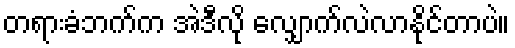
တရားခံဘက်က အဲဒီလို လျှောက်လဲလာနိုင်တာပဲ။